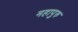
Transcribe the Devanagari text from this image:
महापुरु